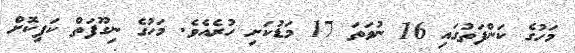
މަހުގެ ކަންފަތުގައި 16 ނުވަތަ 17 މަޑުކަށި ހުރެއެވެ. މަހުގެ ނިގޫފަތް ކަފިކޮށް